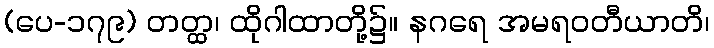
(ပေ-၁၇၉) တတ္ထ၊ ထိုဂါထာတို့၌။ နဂရေ အမရဝတီယာတိ၊